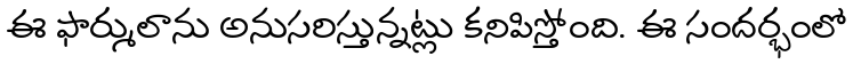
ఈ ఫార్ములాను అనుసరిస్తున్నట్లు కనిపిస్తోంది. ఈ సందర్భంలో